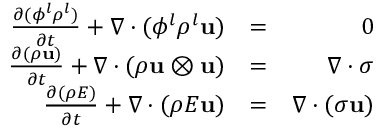
\begin{array} { r l r } { \frac { \partial ( \phi ^ { l } \rho ^ { l } ) } { \partial t } + \nabla \cdot ( \phi ^ { l } \rho ^ { l } \mathbf { u } ) } & { = } & { 0 } \\ { \frac { \partial ( \rho \mathbf { u } ) } { \partial t } + \nabla \cdot ( \rho \mathbf { u } \otimes \mathbf { u } ) } & { = } & { \nabla \cdot \boldsymbol \sigma } \\ { \frac { \partial ( \rho E ) } { \partial t } + \nabla \cdot ( \rho E \mathbf { u } ) } & { = } & { \nabla \cdot ( \boldsymbol \sigma \mathbf { u } ) } \end{array}